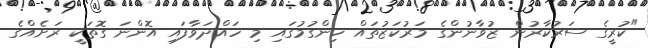
"ކުރީގެ ސަރުކާރުން ޒުވާނުންގެ މަރުކަޒުތައް ހިންގުމުގައި މި ހައްދަވާފައި އޮންނަ ގޮތަކީ ރަށެއްގެ